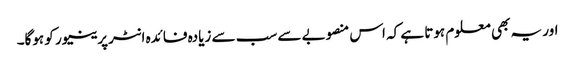
اور یہ بھی معلوم ہوتا ہے کہ اس منصوبے سے سب سے زیادہ فائدہ انٹرپرینیور کو ہوگا۔